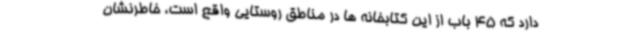
دارد که 45 باب از این کتابخانه ها در مناطق روستایی واقع است، خاطرنشان